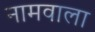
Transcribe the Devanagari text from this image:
नामवाला